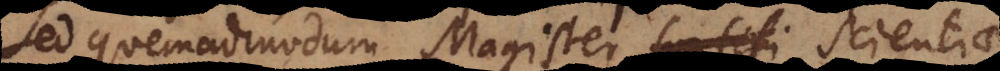
Sed quemadmodum Magister fortifi scientiae